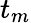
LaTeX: t_{m}